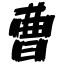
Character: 曹